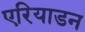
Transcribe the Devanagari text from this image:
एरियाडन